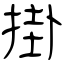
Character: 掛